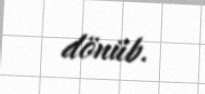
dönüb.